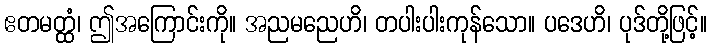
ဧတမတ္ထံ၊ ဤအကြောင်းကို။ အညမညေဟိ၊ တပါးပါးကုန်သော။ ပဒေဟိ၊ ပုဒ်တို့ဖြင့်။